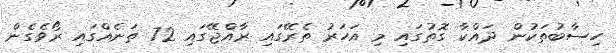
ހިސާބުތަކުން ދައްކާ ގޮތުގައި މި އަހަރު ތެރޭގައި ރާއްޖޭގައި 72 ތަނެއްގައި ރޯވެގެން